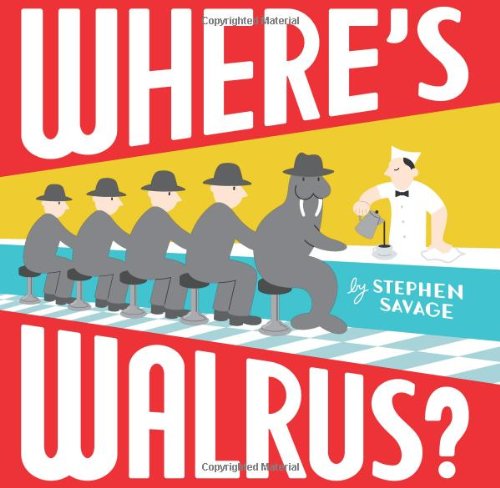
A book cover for Where's Walrus?; Stephen Savage; Children's Books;